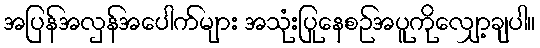
အပြန်အလှန်အပေါက်များ အသုံးပြုနေစဉ်အပူကိုလျှော့ချပါ။